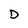
Character: D